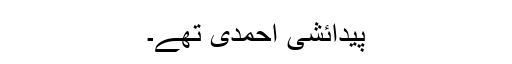
پیدائشی احمدی تھے۔